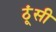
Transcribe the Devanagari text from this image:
ठूंसी